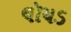
લૉયડ